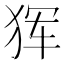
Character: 𰡋